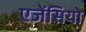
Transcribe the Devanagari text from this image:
एजेंसियो